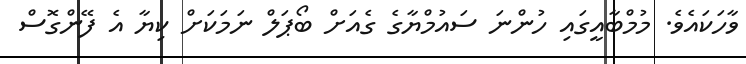
ވާހަކައެވެ. މުމްބާއީގައި ހުންނަ ސައުމްޔާގެ ގެއަށް ބޯޕަލް ނަމަކަށް ކިޔާ އެ ފޭންގޮސް